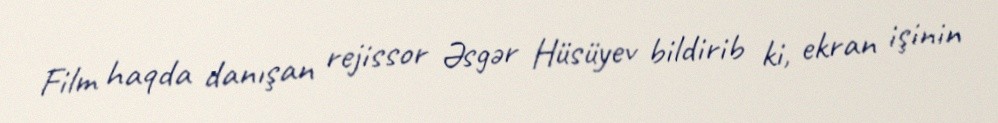
Film haqda danışan rejissor Əsgər Hüsüyev bildirib ki, ekran işinin